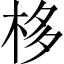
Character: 栘